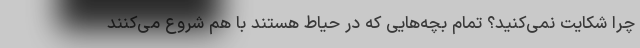
چرا شکایت نمی‌کنید؟ تمام بچه‌هایی که در حیاط هستند با هم شروع می‌کنند